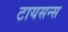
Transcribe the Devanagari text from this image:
टायसन्स